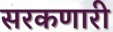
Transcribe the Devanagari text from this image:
सरकणारी